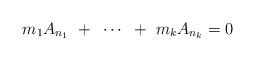
LaTeX: \begin{align*}m_1 A_{n_1} ~+~ \cdots ~+~ m_k A_{n_k} = 0\end{align*}